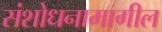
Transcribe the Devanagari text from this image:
संशोधनामागील